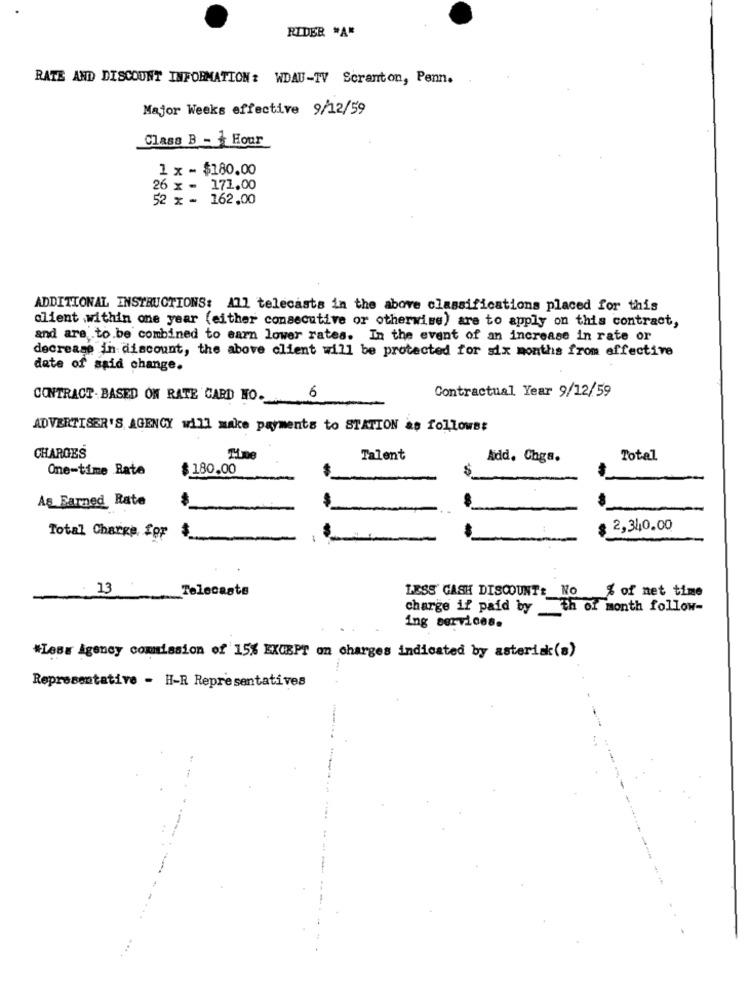
RIDER "A"
RATE AND DISCOUNT INFORMATION : WDAU-TV Scranton, Penn.
Major Weeks effective 9/12/59
Class B - Hour
1 x - $180.00
26 x - 171.00
52 x - 162.00
ADDITIONAL INSTRUCTIONS: All telecasts in the above classifications placed for this
client .within one year (either consecutive or otherwise) are to apply on this contract,
and are to be combined to earn lower rates. In the event of an increase in rate or
decrease in discount, the above client will be protected for six months from effective
date of said change.
CONTRACT . BASED ON RATE CARD HO-
6
Contractual Year 9/12/59
ADVERTISER'S AGENCY will make payments to STATION as follows:
CHARGES
Time
Talent
Add. Chga.
Total
One-time Bate
$180.00
As Earned Rate
2,340.00
Total Charge for
: 13
Telecasts
LESS GASH DISCOUNT: No % of net time
charge if paid by _th of month follow-
ing services.
#Less Agency commission of 15% EXCEPT on charges indicated by asterisk(s)
Representative - H-R Representatives
....